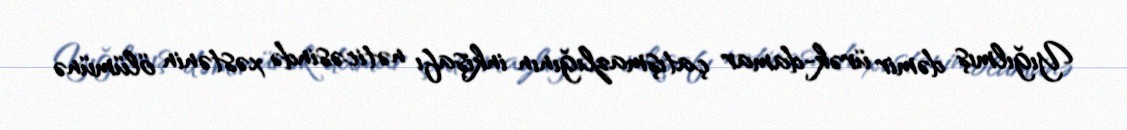
Yığılmış dəmir ürək-damar çatışmazlığının inkişafı nəticəsində xəstənin ölümünə